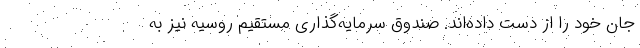
جان خود را از دست داده‌اند. صندوق سرمایه‌گذاری مستقیم روسیه نیز به